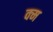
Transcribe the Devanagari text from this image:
क्म